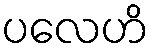
ပလေဟိ